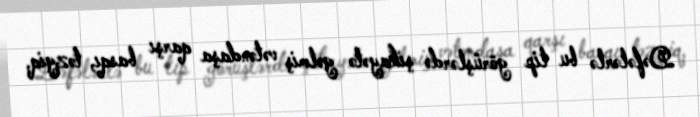
Dəfələrlə bu tip görüşlərdə şikayətə gəlmiş vətəndaşa qarşı basqı, təzyiq,